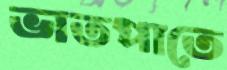
ভাতপাতে